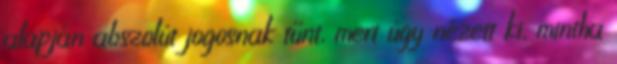
alapján abszolút jogosnak tűnt, mert úgy nézett ki, mintha